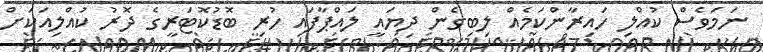
ނަމަވެސް ކުއްލި ހައިރާންކަމެއް ލިބިގެން ދިޔައީ ލައްޕާފައި ހުރި ބޮޑުކޮޓަރީގެ ދޮރު ކުއްލިއަކަށް